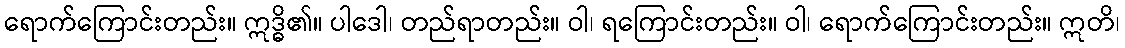
ရောက်ကြောင်းတည်း။ ဣဒ္ဓိ၏။ ပါဒေါ၊ တည်ရာတည်း။ ဝါ၊ ရကြောင်းတည်း။ ဝါ၊ ရောက်ကြောင်းတည်း။ ဣတိ၊